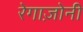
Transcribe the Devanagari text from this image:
रेगाज़ोनी